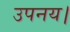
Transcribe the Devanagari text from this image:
उपनय।